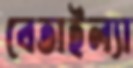
বেতাইল্যা